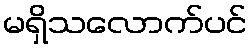
မရှိသလောက်ပင်